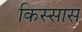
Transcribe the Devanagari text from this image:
किस्सास